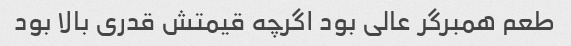
طعم همبرگر عالی بود اگرچه قیمتش قدری بالا بود